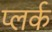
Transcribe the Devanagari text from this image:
प्लर्क